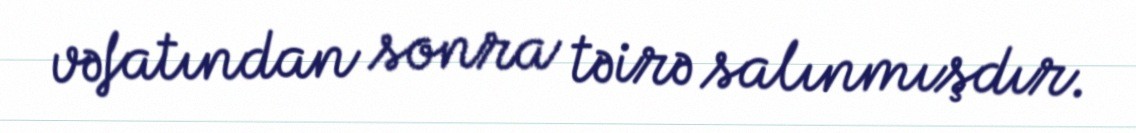
vəfatından sonra təirə salınmışdır.